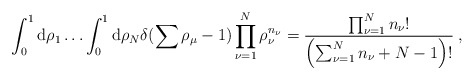
\begin{align*}\int_{0}^{1}{\rm d}\rho_{1}\ldots\int_{0}^{1}{\rm d}\rho_{N}\delta(\sum\rho_{\mu}-1)\prod_{\nu=1}^{N}\rho_{\nu}^{n_{\nu}}=\frac{\prod_{\nu=1}^{N}n_{\nu}!}{\left(\sum_{\nu=1}^{N}n_{\nu}+N-1\right)!}\:,\end{align*}